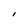
Character: I